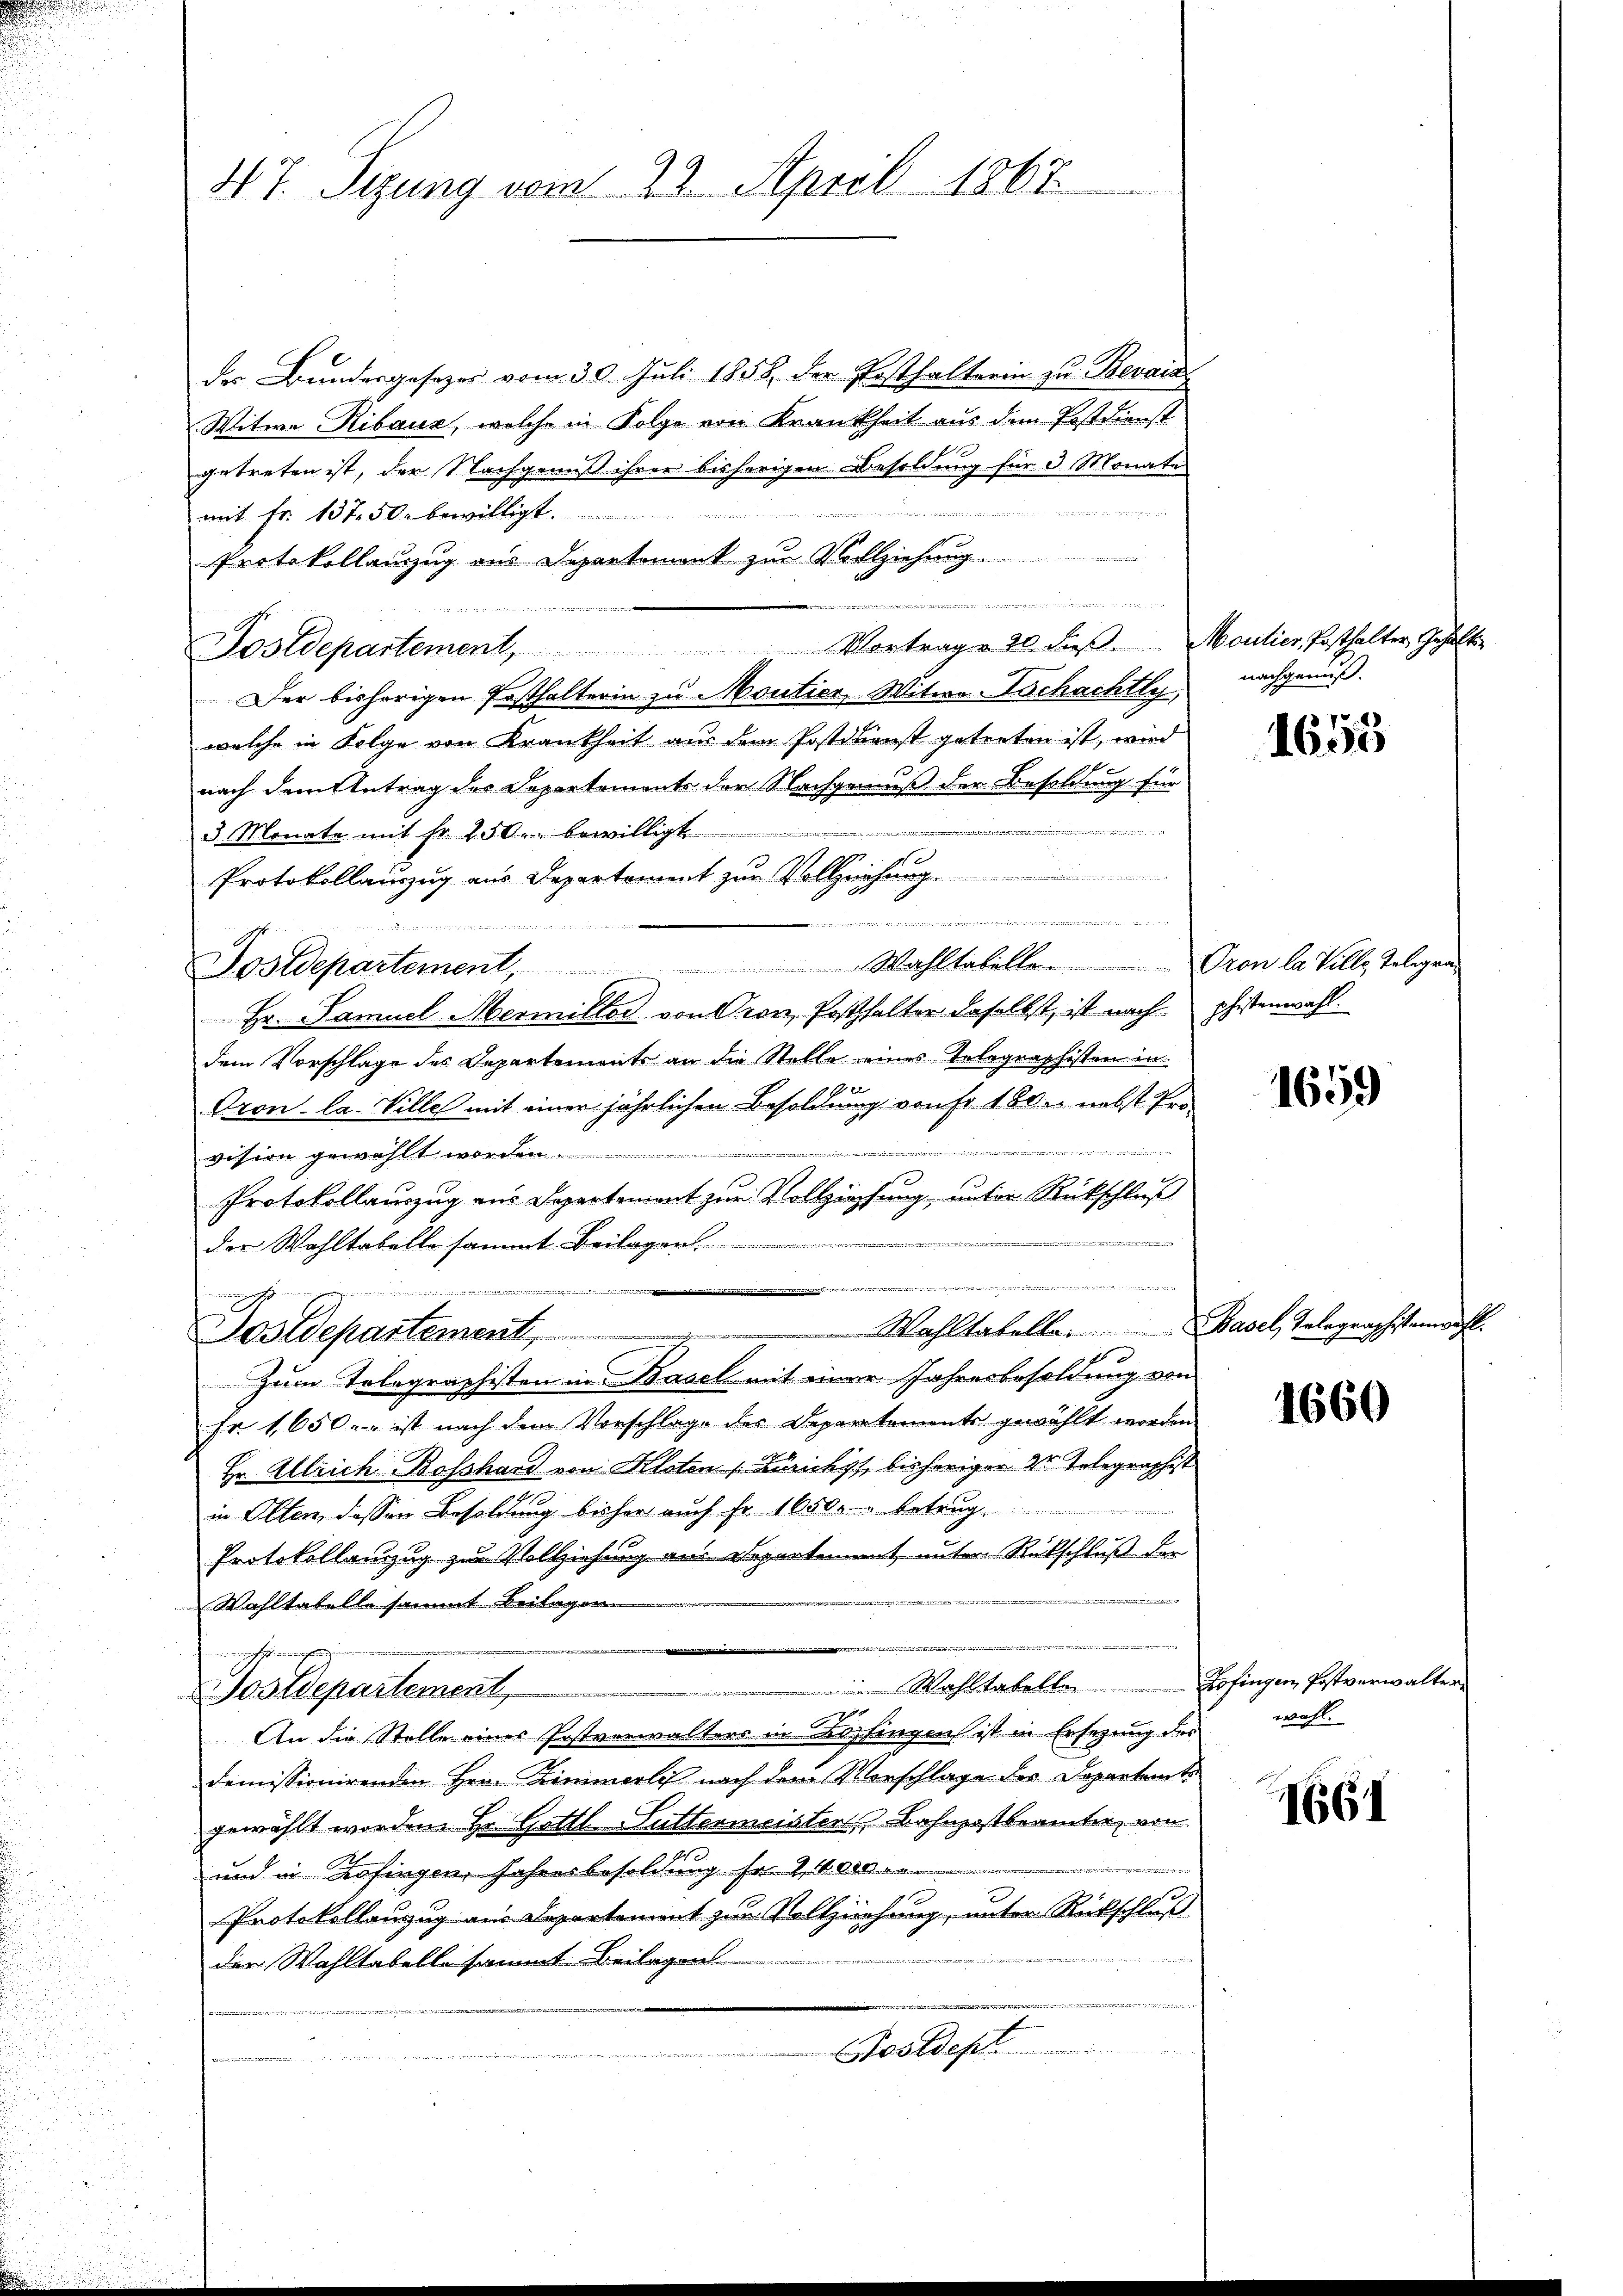
47. Sizung vom 23. April 1867

der Brindesgesetzes vom 30. Juli 1858 der Festhalterin zu Bevais
Witwe Ribaus, welche in Folge von Krankheit aus dem Postdienst
getreten ist, der Nachgenuß ihrer bisherigen Besoldung für 3 Monate
a
mit Fr. 137. 50. bewilligt.
Protokollanzzug aus Departement zur Vollziehung

1
Postdepartement, Vortrag 20 dieβ. Moutier, Posthalter Gehalte
Der bisherigen Posthalterin zu Moutier, Witwe Aschachtly,
welche in Folge von Krankheit aus dem Postdkonst getreten ist, wird
nach dem Antrag des Departements der Nachgenuß der Besoldung für
de
3 Monate mit fr. 250. bewilligt

Protokollauszug aus Departement zur Vollziehung.
Nostdepartement, Wahltabelle. Oron la Ville Telegen
Hr. Samuel Mermiller von Pron, Posthalter daselbst, ist nach pfistenwahl.
dem Vorschlage des Departements an die Stelle eines Telegraphisten in
Oron, la Ville mit einer jährlichen Besoldung von fr 160. nebst Proe
vision gewählt worden.
Protokollauszug ins Departement zur Vollziehung, unter Rückschluß

der Wahltabelle sammt Beilagen
dianer
22 minen eine namen unter
Redten
iinen gerichischen in eine
2
Sostdepartement, " " Wahltabelle. Basel, Telegraphistenwahl
10
Zum Telegraphisten in Basel mit einer Jahresbesoldung von
Fr. 1650.- ist nach dem Vorschlage des Departements gewählt worden
Hr. Alleich Bosshard von Kloten [Zürichst, bisheriger 2 Telegraphist
in Olten dessen Besoldung bisher auch fr. 10500 betrug
Protokollanzug zur Vollziehung aus Departement, unter Rückschluß der
Wahltabelle sammt Beilagen

rchen
Wahltabelle Zofingen Postverwalter
ostdepartement,
An die Stelle eines Postverwalters in Lupfingen ist in Ersezung des
demissionirenden Hrn. Zimmerlis nach dem Vorschlage des Departente
gewählt worden. Hr. Gottl. Suttermeister, Bahnpostbrämter, von
und in Zofingen, Jahresbesoldung fr 2000
Protokollanzug aus Departement zur Vollziehung, unter Rückschluß
der Wahltabelle sammt Beilagen
idee |
Tostdept

erede werden Berat

nachgenuß.

1655

1659

1660

wahl.

1661